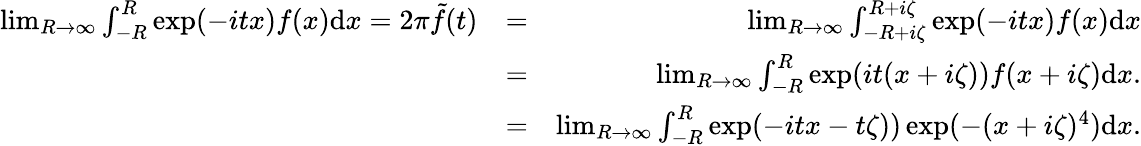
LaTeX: \begin{array}{rlr}{\operatorname*{lim}_{R\to\infty}\int_{-R}^{R}\exp(-itx)f(x)\mathrm{d}x=2\pi\tilde{f}(t)}&{=}&{\operatorname*{lim}_{R\to\infty}\int_{-R+i\zeta}^{R+i\zeta}\exp(-itx)f(x)\mathrm{d}x}\\ &{=}&{\operatorname*{lim}_{R\to\infty}\int_{-R}^{R}\exp(it(x+i\zeta))f(x+i\zeta)\mathrm{d}x.}\\ &{=}&{\operatorname*{lim}_{R\to\infty}\int_{-R}^{R}\exp(-itx-t\zeta))\exp(-(x+i\zeta)^{4})\mathrm{d}x.}\end{array}